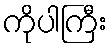
ကိုပါကြီး